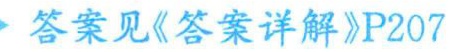
答案见《答案详解》P207